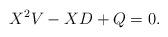
LaTeX: \begin{align*} X^2V-XD+Q=0.\end{align*}